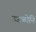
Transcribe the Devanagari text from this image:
उजळोनि